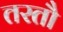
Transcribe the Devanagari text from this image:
तरतौ